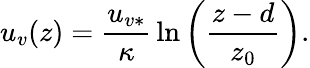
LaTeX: u_{v}(z)=\frac{u_{v*}}{\kappa}\, \ln\left(\frac{z-d}{z_{0}}\right).